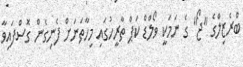
ބްރެޒިލްގެ "ޖޯ" ގެ ނަމަކީ ވޯލްޑް ކަޕް ތާރީހުގައި މިހާތަނަށް ފެނިގެން ގޮސްފައިވާ